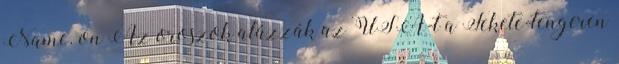
Name. on Az oroszok alázzák az USA-t a Fekete-tengeren